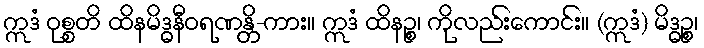
ဣဒံ ဝုစ္စတိ ထိနမိဒ္ဓနီဝရဏန္တိ-ကား။ ဣဒံ ထိနဉ္စ၊ ကိုလည်းကောင်း။ (ဣဒံ) မိဒ္ဓဉ္စ၊